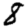
Digit: 8